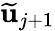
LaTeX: \widetilde{\mathbf{u}}_{j+1}